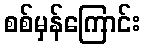
စစ်မှန်ကြောင်း